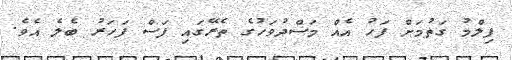
ފިލްމު ގަތުމަށް ފަހު އެއް މަސްދުވަހުގެ ތެރޭގައި ފަސް ފަހަރު ބެލެ އެވެ.